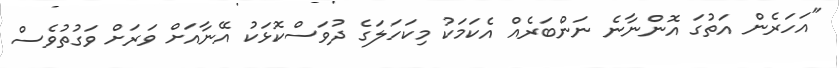
"އަހަރެން އަތުގަ އޮންނާނެ ނަންބަރެއް އެކަމަކު މިކަހަލަގެ ދުވަސްކޮޅަކު އޭނާއަށް ވަރަށް ވަގުތުވެސް